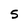
Character: 5